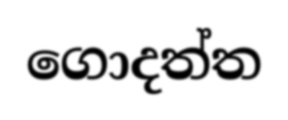
ගොදත්ත